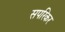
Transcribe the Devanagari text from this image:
सपरिकर